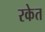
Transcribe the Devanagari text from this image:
रकेत